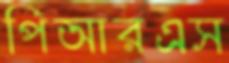
পিআরএস